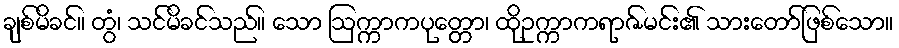
ချစ်မိခင်။ တွံ၊ သင်မိခင်သည်။ သော ဩက္ကာကပုတ္တော၊ ထိုဥက္ကာကရာဇ်မင်း၏ သားတော်ဖြစ်သော။